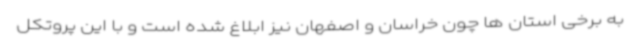
به برخی استان ها چون خراسان و اصفهان نیز ابلاغ شده است و با این پروتکل